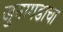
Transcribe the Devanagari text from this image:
जुनागडाचा